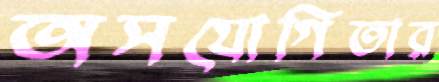
অসযোগিতার